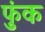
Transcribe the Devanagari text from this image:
फुंक